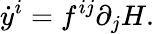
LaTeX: {\dot{y}}^{i}=f^{ij}\partial_{j}H.